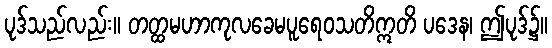
ပုဒ်သည်လည်း။ တတ္ထမဟာကုလခေမပူရေဝသတိဣတိ ပဒေန၊ ဤပုဒ်၌။